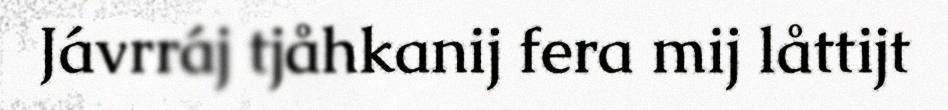
Jávrráj tjåhkanij fera mij låttijt